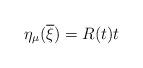
LaTeX: \begin{align*}\eta_{\mu}(\overline{\xi})=R(t)t\end{align*}